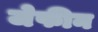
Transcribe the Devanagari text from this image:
जेफीन